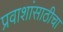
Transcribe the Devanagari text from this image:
प्रवाशांसाठीचा